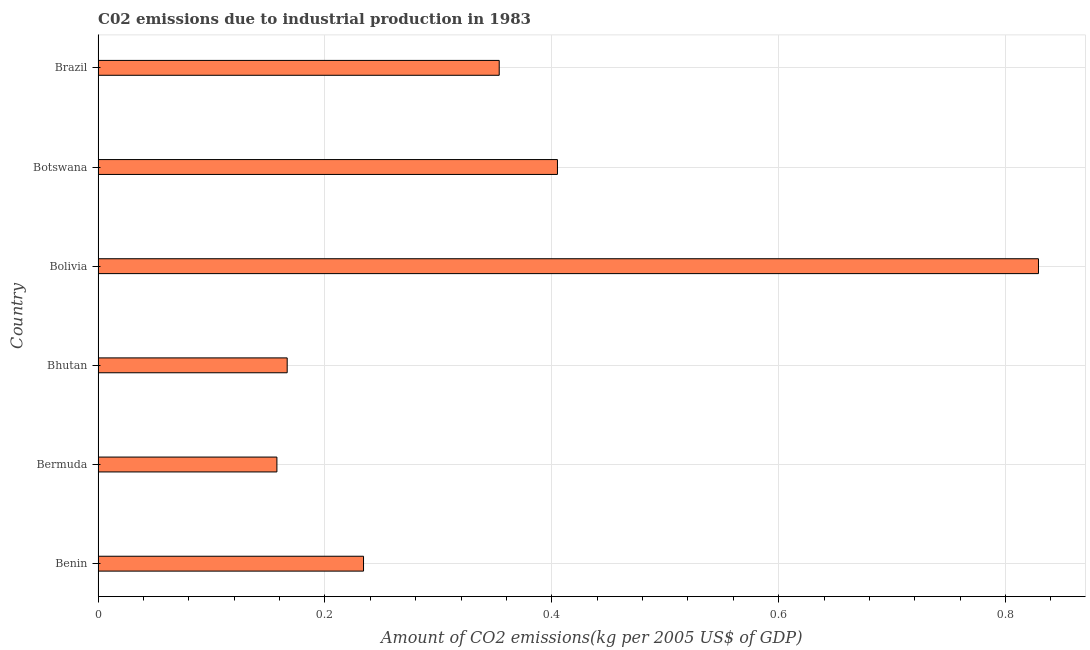
| Country | CO2 emissions  |
 | --- | --- |
 | Benin | 0.234 |
 | Bermuda | 0.158 |
 | Bhutan | 0.167 |
 | Bolivia | 0.829 |
 | Botswana | 0.405 |
 | Brazil | 0.354 |